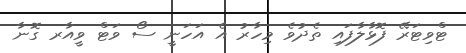
ޓްވިޓަރޭ ފޮޅާލާފައި ތެދުވެ މިހާރު އެ އަހަނީ ސޯ ވަޓް ވީއާރ ގޮނާ